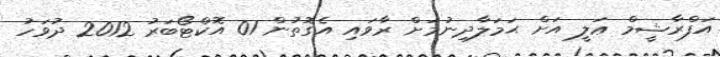
އަފްރާޝީމް ޢަލީ އަށް ޙަމަލާދިނުމަށް ރާވައި އެގޮތުން 01 އޮކްޓޯބަރު 2012 ދުވަހު